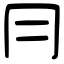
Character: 冃